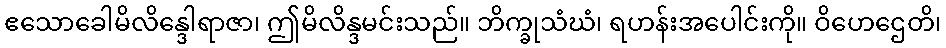
ဧသောခေါမိလိန္ဒေါရာဇာ၊ ဤမိလိန္ဒမင်းသည်။ ဘိက္ခုသံဃံ၊ ရဟန်းအပေါင်းကို။ ဝိဟေဌေတိ၊